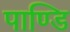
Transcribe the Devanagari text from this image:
पाण्डि